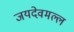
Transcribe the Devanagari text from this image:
जयदेवमल्ल